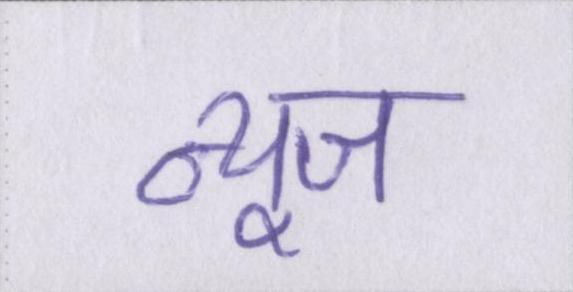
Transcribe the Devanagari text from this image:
न्यूज